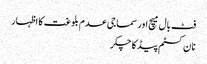
فٹ بال میچ اور سماجی عدم بلوغت کا اظہار
نا ن کسٹم پیڈ کا چکر